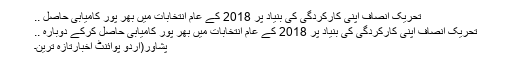
تحریک انصاف اپنی کارکردگی کی بنیاد پر 2018 کے عام انتخابات میں بھر پور کامیابی حاصل ..
تحریک انصاف اپنی کارکردگی کی بنیاد پر 2018 کے عام انتخابات میں بھر پور کامیابی حاصل کرکے دوبارہ ..
پشاور(اُردو پوائنٹ اخبارتازہ ترین۔